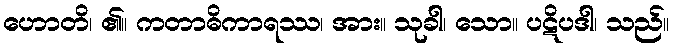
ဟောတိ၊ ၏။ ကတာဓိကာရဿ၊ အား။ သုခါ၊ သော။ ပဋိပဒါ၊ သည်။